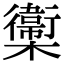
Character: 𣟉